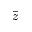
\bar { z }